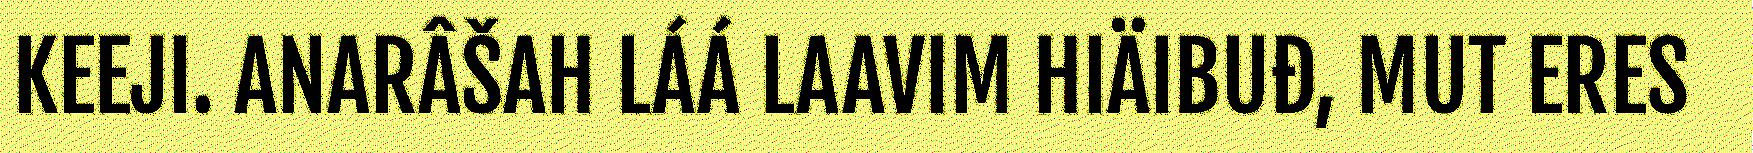
KEEJI. ANARÂŠAH LÁÁ LAAVIM HIÄIBUĐ, MUT ERES